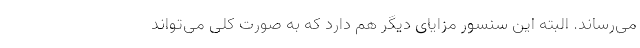
می‌رساند. البته این سنسور مزایای دیگر هم دارد که به صورت کلی می‌تواند